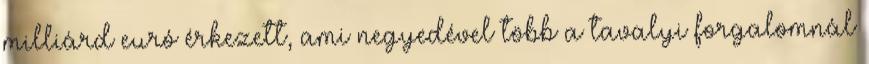
milliárd euró érkezett, ami negyedével több a tavalyi forgalomnál